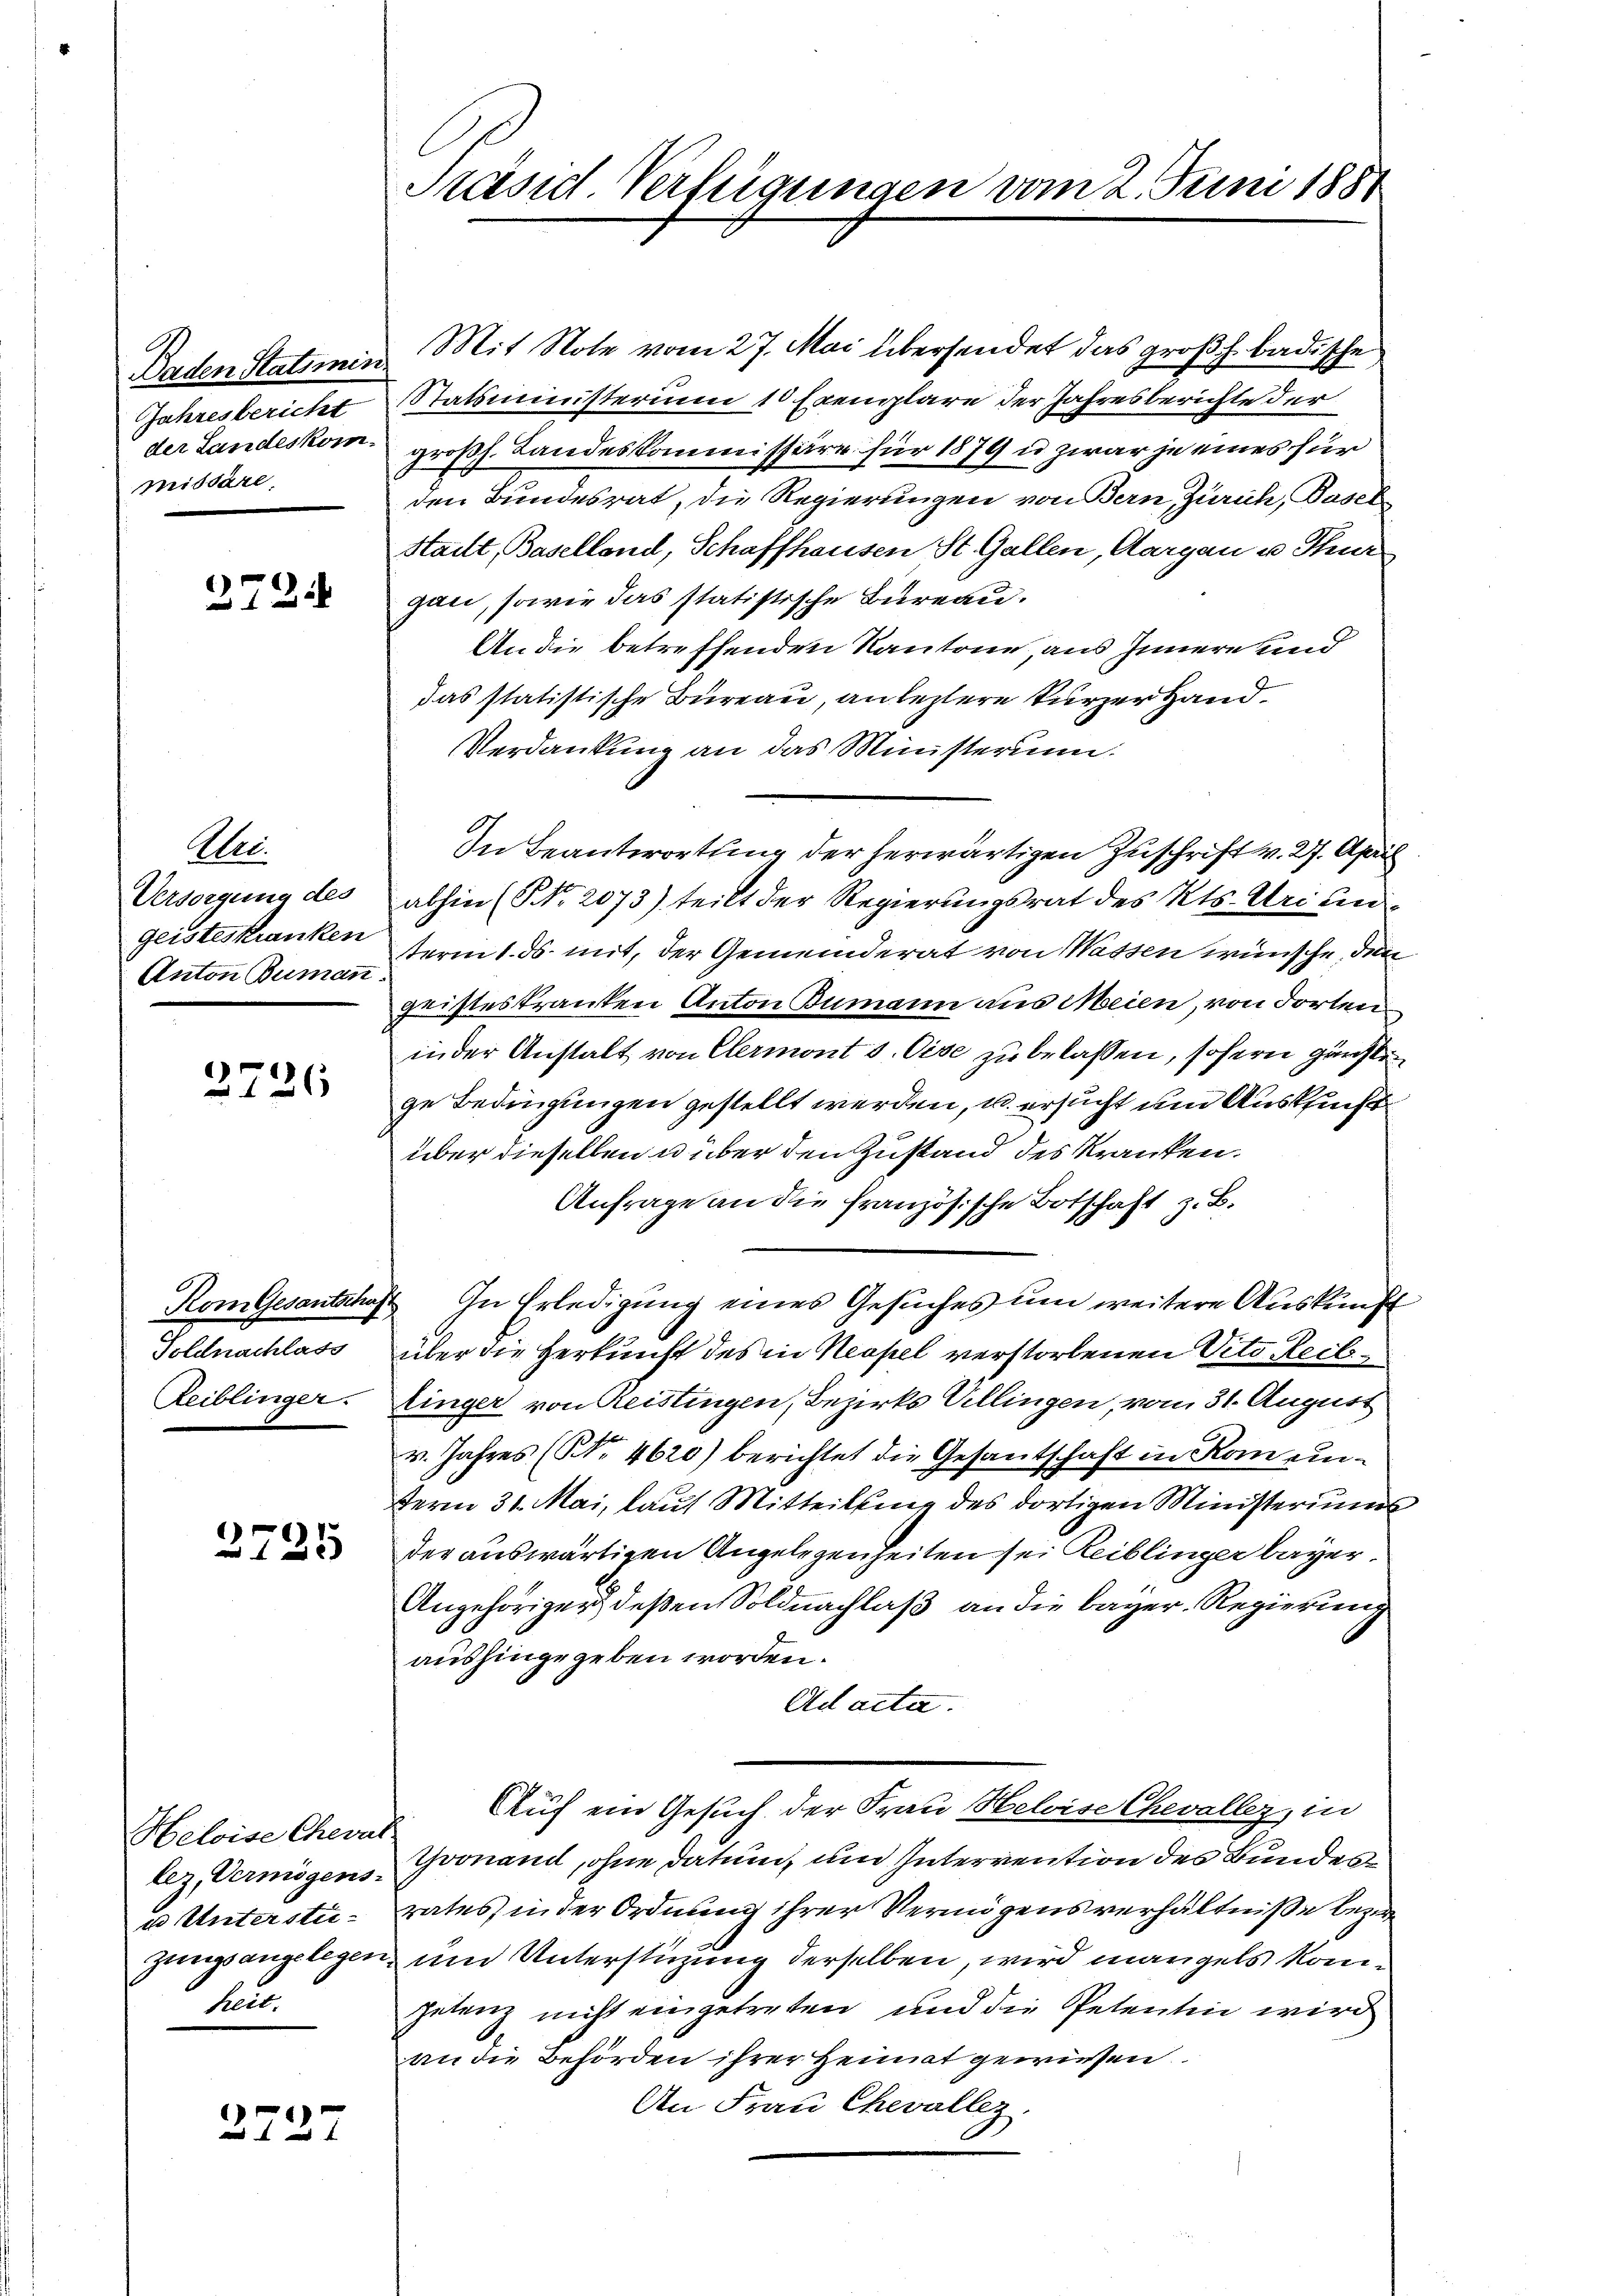
Jahresbericht
missäre,

2724

Eber
Versorgung des
Geisteskranken
Anton Bumann.

2726

Toldnachlass
Zeiblinger.

2725

Heloise Cheval
u Unterstü-
satt.

2727

Präsid. Verfügungen vom 2. Juni 1881

Baden Statimen Mit Note vom 27. Mai übersendet das großh. badische
Statsministerium 10 Exemplare der Jahresberichte der
der Landeskom- großh. Landeskommissäre für 1879 u zwar je eines für
den Bundesrat, die Regierungen von Bern, Zürich, Basel
Stailt, Baselland, Schaffhausen St. Gallen, Aargau u. Thur
gan, sowie das statistische Bureau.
An die betreffenden Kantone, aus Innere und
das statistische Bureau, an leztere kurzer Hand¬
Verdankung an das Ministerium.
In Beantwortung der herwärtigen Zuschrift v. 27. April
abhin (NNo. 2073) teilt der Regierungsrat des Kts. Uri unsterm 1. ds. mit, der Gemeinderat von Wassen wünsche, den
gristeskranken Anton Bumann aus Meien, von dorten
in der Anstalt von Clermont s. Oise zu belassen, sofern günste
ge Bedingungen gestellt werden, u. ersucht um Ausflucht
über dieselben u über den Zustand des Kranken.
Anfrage an die französische Botschaft z. B.
KomGesantschaft. In Erledigung eines Gesuches um weitere Auskunft
über die Herkunft des in Neapel verstorbenen Veto Rect
Ringer von Reistingen, Bezirks Willingen, vom 31. August
v. Jahres (NNo. 4620) berichtet die Gesantschaft in Kan ein-
term 31. Mai, laut Mitteilung des dortigen Ministeriums
der auswärtigen Angelegenheiten sei Reiblinger bayer,
Angehöriger deßen Soldnachlaß an die bayer. Regierung
aushingegeben worden.
Ad acta.
Auf ein Gesuch der Frau Helvise Chevaller, in
lez, Vermögens Gronand, ohne datum, und Intervention des Bundesrates, in der Ordnung ihrer Vermögensverhältniße bezi
zungsangelegen, und Unterstüzung derselben, wird mangels kompetenz nicht eingetreten und die Petentin wird
an die Behörden ihrer Heimat gewiesen
An Frau Chevallez